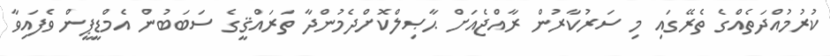
ކުރުމުއްދަތެއްގެ ތެރޭގައި މި ސަރުކާރުން ރާއްޖެއަށް ޙާޞިލްކޮށްދެމުންދާ ތަރައްޤީގެ ސަބަބުން އެމްޑީޕީން ވެފައިވާ